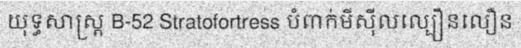
យុទ្ធសាស្ត្រ B-52 Stratofortress បំពាក់មីស៊ីលល្បឿនលឿន